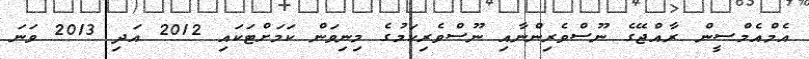
އެމްއެމްސީން ރާއްޖޭގެ ނޫސްވެރިންނާއި ނޫސްވެރިކަމުގެ މިނިވަން ކަމަށްޓަކައި 2012 އަދި 2013 ވަނަ